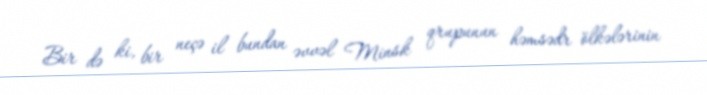
Bir də ki, bir neçə il bundan əvvəl Minsk qrupunun həmsədr ölkələrinin